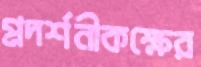
প্রদর্শনীকক্ষের